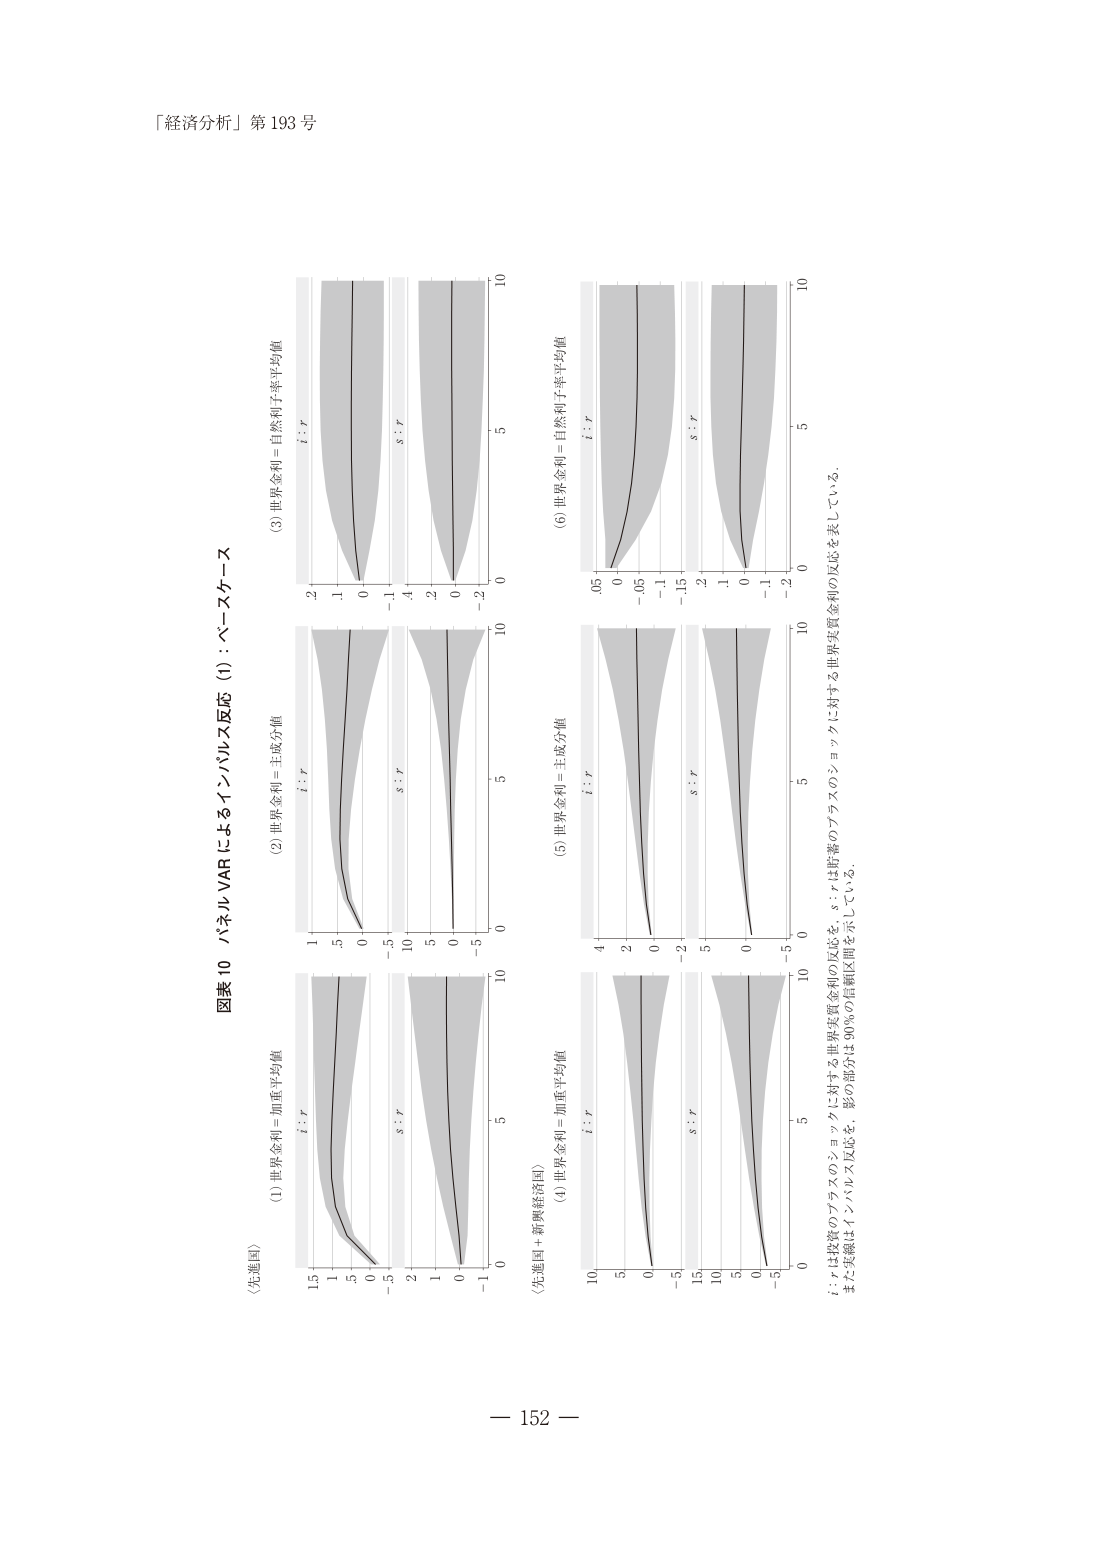
「経済分析」第 193 号

図表 10 パネル VAR によるインパルス反応 (1)：ベースケース

(先進国)
(1) 世界金利＝加重平均値
i : r
s : r

(2) 世界金利＝主成分値
i : r
s : r

(3) 世界金利＝自然利子率平均値
i : r
s : r

(先進国＋新興経済国)
(4) 世界金利＝加重平均値
i : r
s : r

(5) 世界金利＝主成分値
i : r
s : r

(6) 世界金利＝自然利子率平均値
i : r
s : r

i : r は政策のプラスのショックに対する世界実質金利の反応を、s : r は貯蓄のプラスのショックに対する世界実質金利の反応を表している。
また実線はインパルス反応、影の部分は90％の信頼区間を示している。

— 152 —